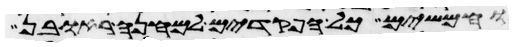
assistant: וחמשים כל הפקדים למחנה ראובן